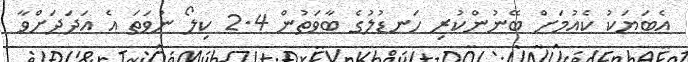
އެބަޔަކު ކެއުމަށް ބޭނުންކުރި ހަނޑުލުގެ ބާވަތުން 2.4 ކިލޯ ނުވަތަ އެ އަދަދަށްވާ